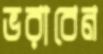
ভরাবেন